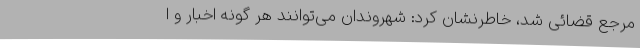
مرجع قضائی شد، خاطرنشان کرد: شهروندان می‌توانند هر گونه اخبار و ا